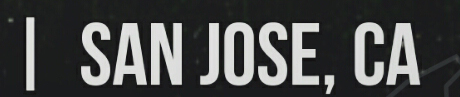
I SAN JOSE, CA